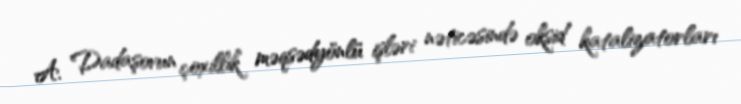
A. Dadaşovun çoxillik məqsədyönlü işləri nəticəsində oksid katalizatorları